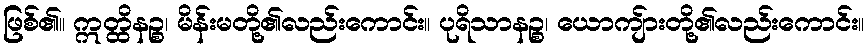
ဖြစ်၏။ ဣတ္ထိနဉ္စ၊ မိန်းမတို့၏လည်းကောင်း။ ပုရိသာနဉ္စ၊ ယောကျ်ားတို့၏လည်းကောင်း။